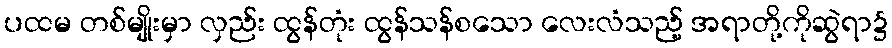
ပထမ တစ်မျိုးမှာ လှည်း ထွန်တုံး ထွန်သန်စသော လေးလံသည့် အရာတို့ကိုဆွဲရာ၌